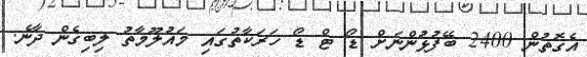
އެގޮތުން 2400 ބޭފުޅުންނަށް ޑޯ ޓް ޑޯ ހަރަކާތުގައި މައުލޫމާތު ލިބިގެން ދާނެ.